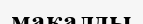
мақалды